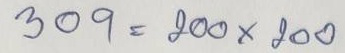
309 = 200 x 200